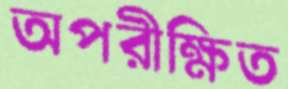
অপরীক্ষিত